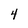
Character: 4